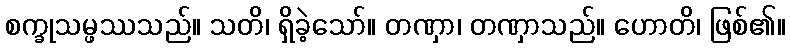
စက္ခုသမ္ဖဿသည်။ သတိ၊ ရှိခဲ့သော်။ တဏှာ၊ တဏှာသည်။ ဟောတိ၊ ဖြစ်၏။